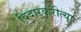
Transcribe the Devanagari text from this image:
विदारकरीत्या